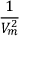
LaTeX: \frac { 1 } { V _ { m } ^ { 2 } }